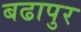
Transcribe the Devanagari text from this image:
बढापुर